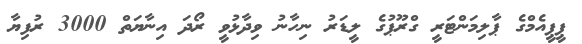
ޕީޕީއެމްގެ ޕާލިމަންޓަރީ ގްރޫޕުގެ ލީޑަރު ނިހާނު ވިދާޅުވީ ރޯދަ އިނާޔަތް 3000 ރުފިޔާ